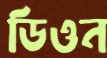
ডিওন